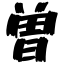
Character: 曽